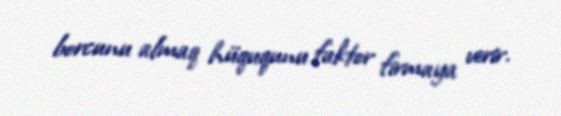
borcunu almaq hüququnu faktor firmaya verir.